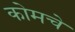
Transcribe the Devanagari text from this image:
कोमचे